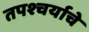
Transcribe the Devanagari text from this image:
तपश्चर्याचे